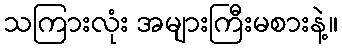
သကြားလုံး အများကြီးမစားနဲ့။